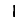
Digit: 1